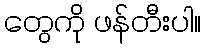
တွေကို ဖန်တီးပါ။